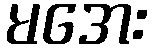
မအေး